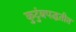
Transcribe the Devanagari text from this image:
कुटुंबपद्धतीत